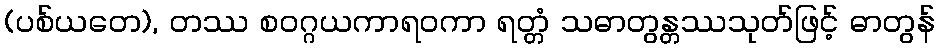
(ပစ်ယတေ), တဿ စဝဂ္ဂယကာရဝကာ ရတ္တံ သဓာတွန္တဿသုတ်ဖြင့် ဓာတွန်